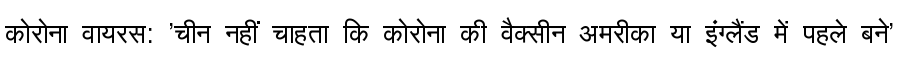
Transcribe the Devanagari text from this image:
कोरोना वायरस: 'चीन नहीं चाहता कि कोरोना की वैक्सीन अमरीका या इंग्लैंड में पहले बने'